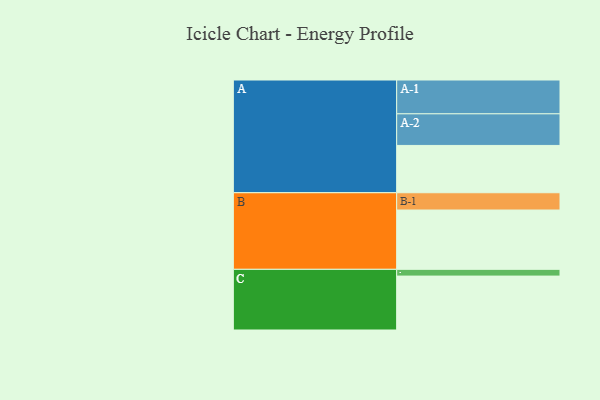
{"axis": {"x": "Segment", "y": "Value"}, "legend": ["", "A", "B", "C"], "data": [{"x": "A", "y": 386, "type": ""}, {"x": "B", "y": 484, "type": ""}, {"x": "C", "y": 440, "type": ""}, {"x": "A-1", "y": 276, "type": "A"}, {"x": "A-2", "y": 258, "type": "A"}, {"x": "B-1", "y": 141, "type": "B"}, {"x": "C-1", "y": 55, "type": "C"}]}